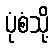
ပုံစံသို့